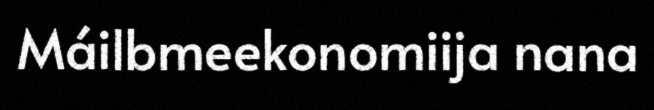
Máilbmeekonomiija nana